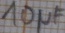
Text: 10µF